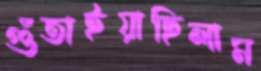
গুঁতাইয়াছিলাম